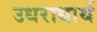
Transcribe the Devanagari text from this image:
उधराधार्थ